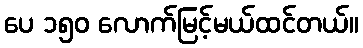
ပေ ၁၅၀ လောက်မြင့်မယ်ထင်တယ်။